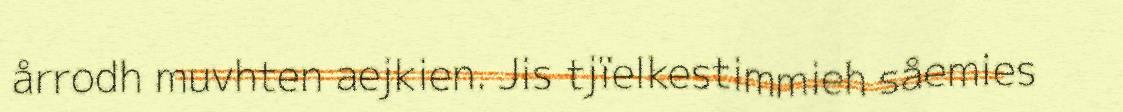
årrodh muvhten aejkien. Jis tjïelkestimmieh såemies